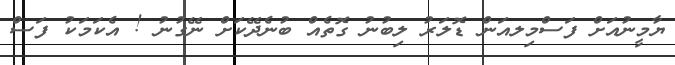
ޔާމީނުއަށް ފަސްމިލއަން ޑޮލަރު ލިބުނު ގޮތެއް ބުނެދޭކަށް ނޭގުނު ! އެކަމަކު ފަސް